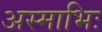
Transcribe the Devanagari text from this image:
अस्माभिः